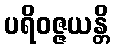
ပရိဝဇ္ဇယန္တိ